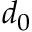
d _ { 0 }